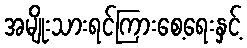
အမျိုးသားရင်ကြားစေ့ရေးနှင့်